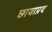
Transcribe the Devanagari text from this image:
छायाप्रद